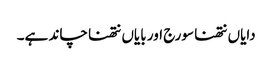
دایاں نتھنا سورج اور بایاں نتھنا چاند ہے۔